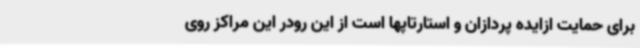
برای حمایت ازایده پردازان و استارتاپها است از این رودر این مراکز روی